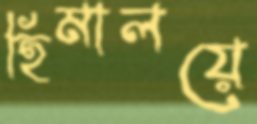
হিমালয়ে